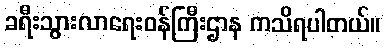
ခရီးသွားလာရေးဝန်ကြီးဌာန ကသိရပါတယ်။